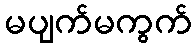
မပျက်မကွက်